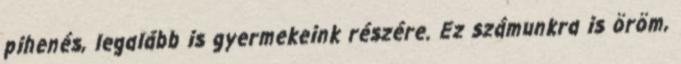
pihenés, legalább is gyermekeink részére. Ez számunkra is öröm,